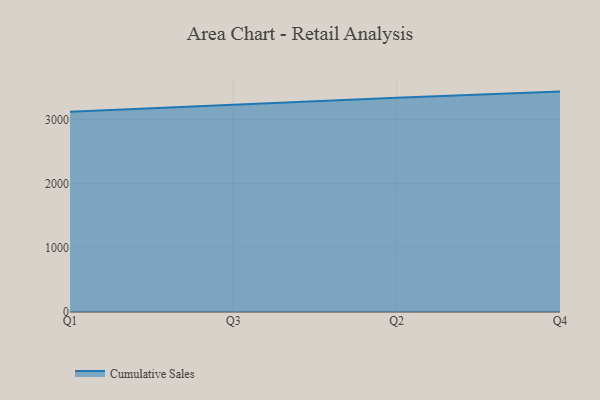
{"axis": {"x": "Quarter", "y": "Market Share (%)"}, "legend": ["Cumulative Sales"], "data": [{"x": "Q1", "y": 3123.3, "type": "Cumulative Sales"}, {"x": "Q3", "y": 3235.7, "type": "Cumulative Sales"}, {"x": "Q2", "y": 3340.6, "type": "Cumulative Sales"}, {"x": "Q4", "y": 3435.9, "type": "Cumulative Sales"}]}